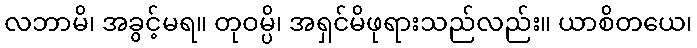
လဘာမိ၊ အခွင့်မရ။ တုဝမ္ပိ၊ အရှင်မိဖုရားသည်လည်း။ ယာစိတယေ၊